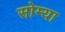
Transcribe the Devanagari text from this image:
सोम्या